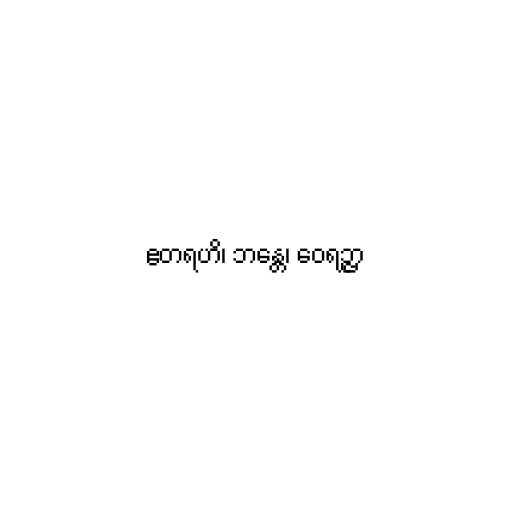
ဧတရဟိ၊ ဘန္တေ၊ ဝေရဉ္ဇာ